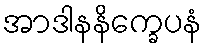
အာဒါနနိက္ခေပနံ